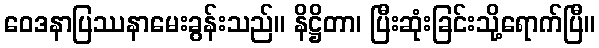
ဝေဒနာပြဿနာမေးခွန်းသည်။ နိဋ္ဌိတာ၊ ပြီးဆုံးခြင်းသို့ရောက်ပြီ။